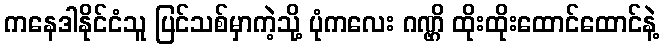
ကနေဒါနိုင်ငံသူ ပြင်သစ်မှာကဲ့သို့ ပုံကလေး ဂဏ္ဌိ ထိုးထိုးထောင်ထောင်နဲ့